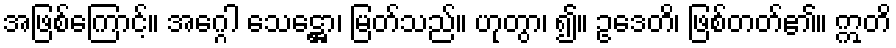
အဖြစ်ကြောင့်။ အဂ္ဂေါ သေဋ္ဌော၊ မြတ်သည်။ ဟုတွာ၊ ၍။ ဥဒေတိ၊ ဖြစ်တတ်၏။ ဣတိ